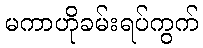
မကာဟိုခမ်းရပ်ကွက်